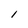
Character: l